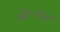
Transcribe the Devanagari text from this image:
देश्यात